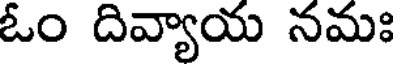
ఓం దివ్యాయ నమః